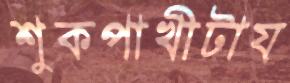
শুকপাখীটায়